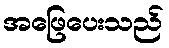
အဖြေပေးသည်